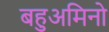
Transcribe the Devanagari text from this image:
बहुअमिनो